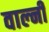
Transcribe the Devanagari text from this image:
वाल्नी